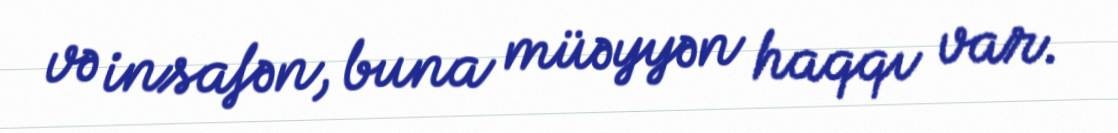
və insafən, buna müəyyən haqqı var.